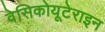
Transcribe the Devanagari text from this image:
वेसिकोयूटेराइन